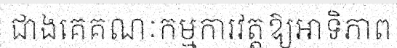
ជាងគេគណៈកម្មការវត្តឱ្យអាទិភាព